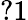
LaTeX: ?1